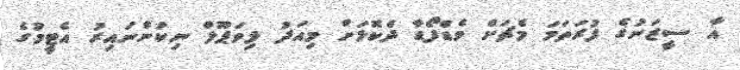
އާ ސީޒަނުގެ ފުރަތަމަ މެޗަށް ވެޑްފޯޑާ ދެކޮޅަށް މިއަދު ލިވަޕޫލް ނިކުންނައިރު އެޓީމުގެ